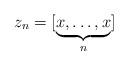
LaTeX: \begin{align*} z_n=[\underbrace{x,\dots,x}_n]\end{align*}